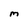
Character: M